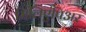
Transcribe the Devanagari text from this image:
मिलिएंपिअर